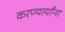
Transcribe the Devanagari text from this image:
करण्यार्यांना